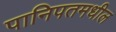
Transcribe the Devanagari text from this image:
पानिपतमधील